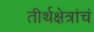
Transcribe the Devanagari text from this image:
तीर्थक्षेत्रांचं